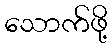
သောက်ဖို့